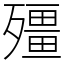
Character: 殭